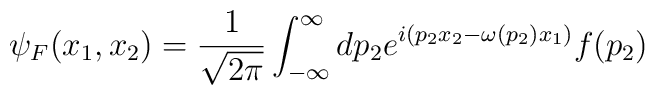
\psi _F(x_1,x_2)=\frac{1}{\sqrt{2\pi}}\int _{-\infty}^{\infty}dp_2e^{i(p_2x_2-\omega (p_2)x_1)}f(p_2)